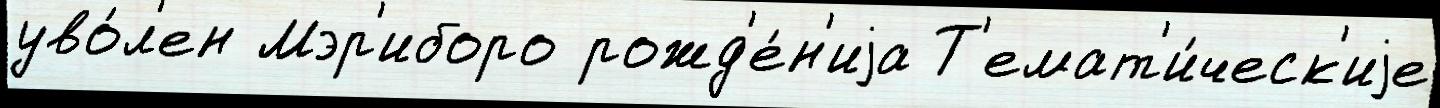
уво́л'ен Мэр'иборо рожд'е́н'иjа Т'емат'и́ческ'иjе